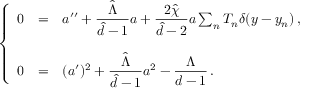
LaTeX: \left\{ \begin{array} { r c l } { { 0 } } & { { = } } & { { a ^ { \prime \prime } + { \displaystyle \frac { \hat { \Lambda } } { \hat { d } - 1 } } a + { \displaystyle \frac { 2 \hat { \chi } } { \hat { d } - 2 } } a \sum _ { n } T _ { n } \delta ( y - y _ { n } ) \, , } } \\ { { } } & { { } } & { { } } \\ { { 0 } } & { { = } } & { { ( a ^ { \prime } ) ^ { 2 } + { \displaystyle \frac { \hat { \Lambda } } { \hat { d } - 1 } } a ^ { 2 } - { \displaystyle \frac { \Lambda } { d - 1 } } \, . } } \end{array} \right.